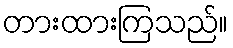
တားထားကြသည်။